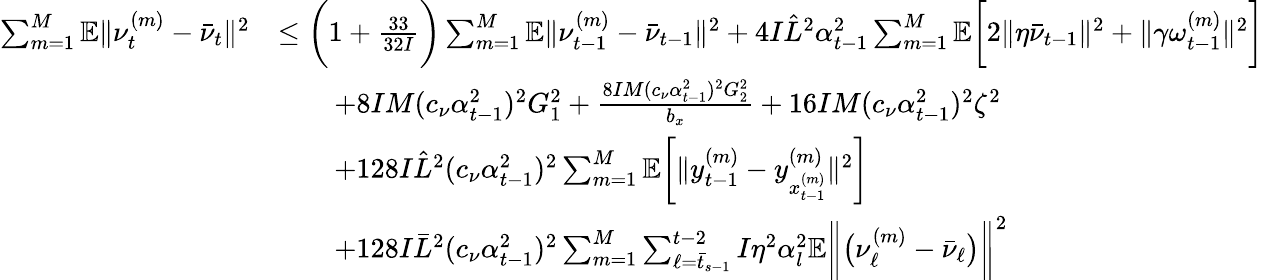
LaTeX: \begin{array}{rl}{\sum_{m=1}^{M}\mathbb{E}\| \nu_{t}^{(m)}-\bar{\nu}_{t}\| ^{2}}&{\leq\bigg(1+\frac{33}{32I}\bigg)\sum_{m=1}^{M}\mathbb{E}\| \nu_{t-1}^{(m)}-\bar{\nu}_{t-1}\| ^{2}+4I\hat{L}^{2}\alpha_{t-1}^{2}\sum_{m=1}^{M}\mathbb{E}\bigg[2\| \eta\bar{\nu}_{t-1}\| ^{2}+\| \gamma\omega_{t-1}^{(m)}\| ^{2}\bigg]}\\ &{\qquad+8IM(c_{\nu}\alpha_{t-1}^{2})^{2}G_{1}^{2}+\frac{8IM(c_{\nu}\alpha_{t-1}^{2})^{2}G_{2}^{2}}{b_{x}}+16IM(c_{\nu}\alpha_{t-1}^{2})^{2}\zeta^{2}}\\ &{\qquad+128I\hat{L}^{2}(c_{\nu}\alpha_{t-1}^{2})^{2}\sum_{m=1}^{M}\mathbb{E}\bigg[\| y_{t-1}^{(m)}-y_{x_{t-1}^{(m)}}^{(m)}\| ^{2}\bigg]}\\ &{\qquad+128I\bar{L}^{2}(c_{\nu}\alpha_{t-1}^{2})^{2}\sum_{m=1}^{M}\sum_{\ell=\bar{t}_{s-1}}^{t-2}I\eta^{2}\alpha_{l}^{2}\mathbb{E}\bigg\| \big(\nu_{\ell}^{(m)}-\bar{\nu}_{\ell}\big)\bigg\| ^{2}}\end{array}